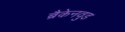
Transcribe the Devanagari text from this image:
ब्रैकेनवुड